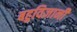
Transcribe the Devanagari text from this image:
बहुविज्ञानी